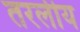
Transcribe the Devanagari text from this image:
तरलीय